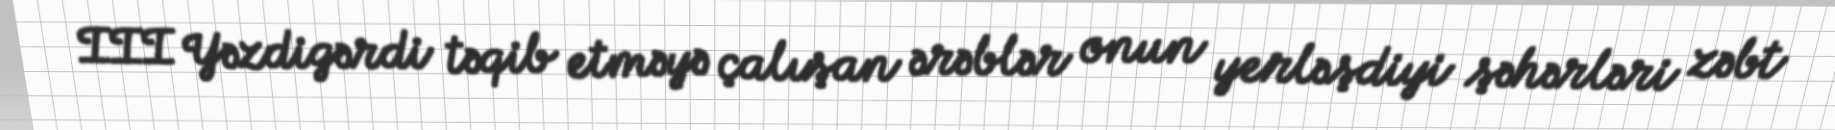
III Yəzdigərdi təqib etməyə çalışan ərəblər onun yerləşdiyi şəhərləri zəbt